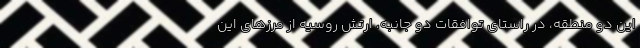
این دو منطقه، در راستای توافقات دو جانبه، ارتش روسیه از مرزهای این